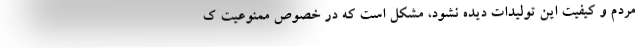
مردم و کیفیت این تولیدات دیده نشود، مشکل است که در خصوص ممنوعیت ک